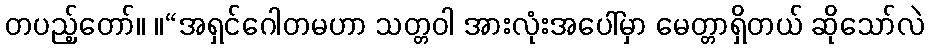
တပည့်တော်။ ။“အရှင်ဂေါတမဟာ သတ္တဝါ အားလုံးအပေါ်မှာ မေတ္တာရှိတယ် ဆိုသော်လဲ